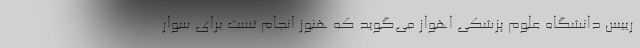
رییس دانشگاه علوم پزشکی اهواز می‌گوید که هنوز انجام تست برای سوار